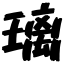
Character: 璃